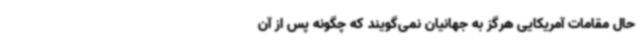
حال مقامات آمریکایی هرگز به جهانیان نمی‌گویند که چگونه پس‌ از آن